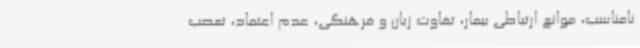
نامناسب، موانع ارتباطی بیمار، تفاوت زبان و فرهنگی، عدم اعتماد، تعصب